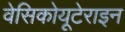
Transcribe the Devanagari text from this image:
वेसिकोयूटेराइन